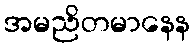
အမညိတမာနေန